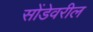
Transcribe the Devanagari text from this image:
सोंडेवरील